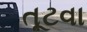
તૂટવા